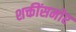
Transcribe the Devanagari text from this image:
शक्तींसमोर